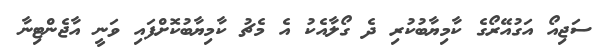
ސަޖިއޯ އަގުއޭރޯގެ ކާމިޔާބުކުރި ދެ ގޯލާއެކު އެ މެޗު ކާމިޔާބުކޮށްފައި ވަނީ އާޖެންޓިނާ